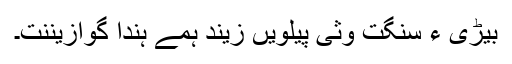
بیڑی ءِ سنگت وثی پیلویں زیند ہمے ہندا گوازیننت۔